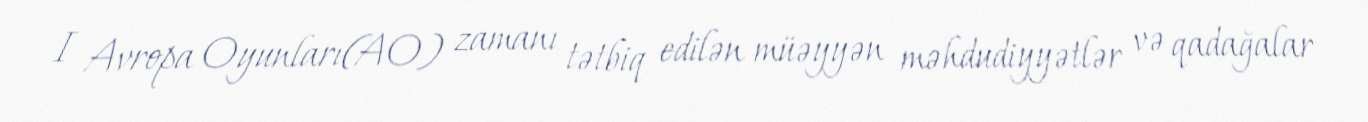
I Avropa Oyunları(AO) zamanı tətbiq edilən müəyyən məhdudiyyətlər və qadağalar